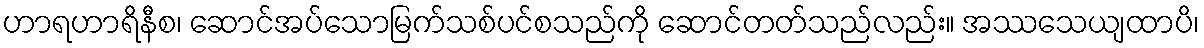
ဟာရဟာရိနီစ၊ ဆောင်အပ်သောမြက်သစ်ပင်စသည်ကို ဆောင်တတ်သည်လည်း။ အဿသေယျထာပိ၊